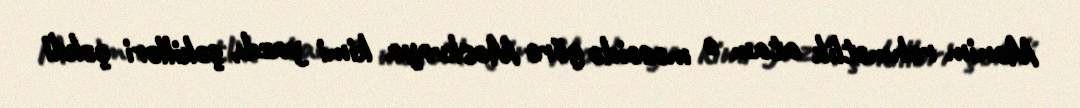
Mənim rəhmətlik atam o məscidə görə Moskvaya kimi yazdı, şəkilləri çəkdi